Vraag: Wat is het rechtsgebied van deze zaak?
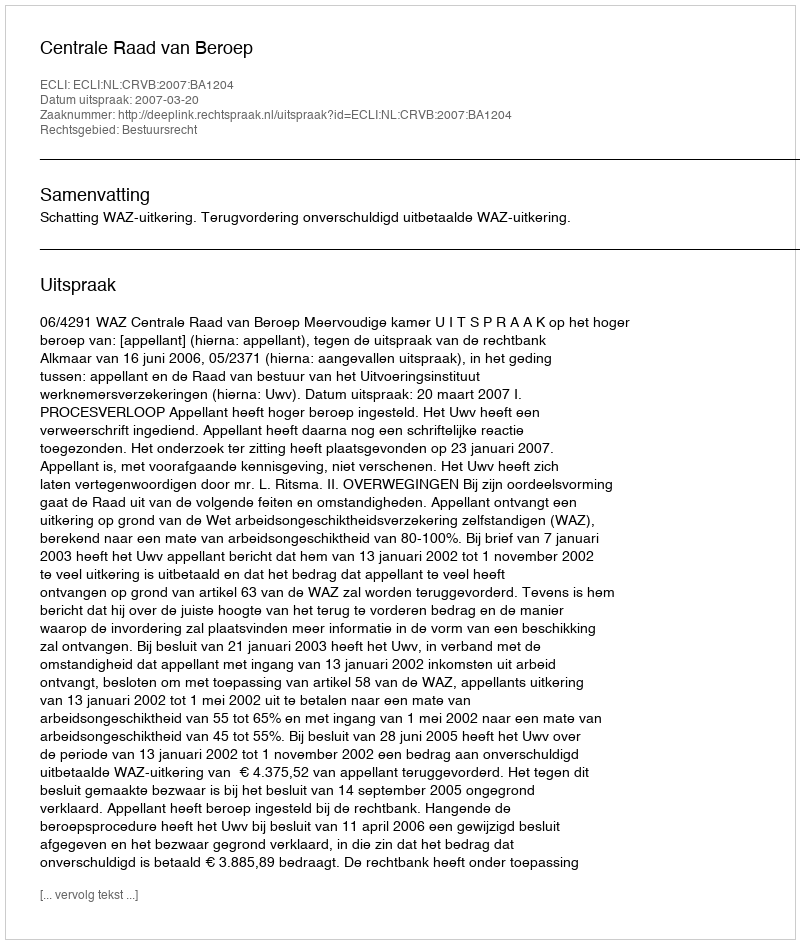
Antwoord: Bestuursrecht